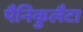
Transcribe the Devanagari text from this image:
पैनिकुलैटा